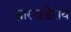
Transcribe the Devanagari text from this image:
झारखंडेराय